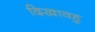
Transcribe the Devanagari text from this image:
दिखावहु